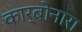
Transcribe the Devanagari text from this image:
कार्बोनारा